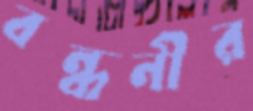
বন্ধনীর